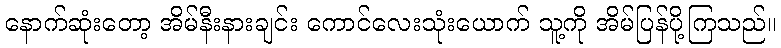
နောက်ဆုံးတော့ အိမ်နီးနားချင်း ကောင်လေးသုံးယောက် သူ့ကို အိမ်ပြန်ပို့ကြသည်။